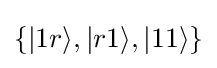
\{|1r\rangle ,|r1\rangle ,|11\rangle \}